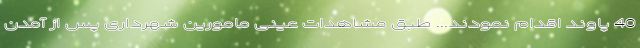
40 پاوند اقدام نمودند... طبق مشاهدات عینی مامورین شهرداری پس از آمدن